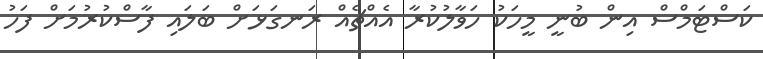
ކަސްޓަމްސް އިން ބުނީ މީހަކު ހަވާލުކުރާ އެއްޗެއް ރަނގަޅަށް ބަލައި ފާސްކުރުމަށް ފަހު